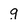
Character: g